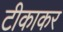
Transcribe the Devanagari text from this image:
टीकाकर